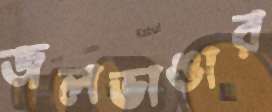
জলভাঙার